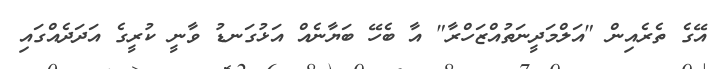
އޭގެ ތެރެއިން "އަލްމަދީނަތުއްޒަހްރާ" އާ ބެހޭ ބަޔާނެއް އަޅުގަނޑު ވާނީ ކުރީގެ އަދަދެއްގައި